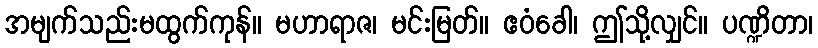
အမျက်သည်းမထွက်ကုန်။ မဟာရာဇ၊ မင်းမြတ်။ ဧဝံခေါ၊ ဤသို့လျှင်။ ပဏ္ဍိတာ၊